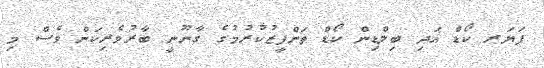
ފަޔަރ ކޯޑް އަދި ބިލްޑިން ކޯޑް ތަންފީޒުކުރުމުގެ ގާނޫނީ ބާރުވެރިކަން ވެސް މި